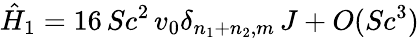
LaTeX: \hat{H}_{1}=16\, Sc^{2}\, v_{0}\delta_{n_{1}+n_{2},m}\, J+O(Sc^{3})